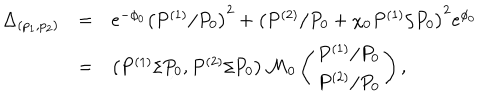
\begin{array} { r c l } { { \Delta _ { ( p _ { 1 } , p _ { 2 } ) } } } & { { = } } & { { e ^ { - \phi _ { 0 } } \left( P ^ { ( 1 ) } / P _ { 0 } \right) ^ { 2 } + \left( P ^ { ( 2 ) } / P _ { 0 } + \chi _ { 0 } P ^ { ( 1 ) } / P _ { 0 } \right) ^ { 2 } e ^ { \phi _ { 0 } } } } \\ { { } } & { { = } } & { { \left( P ^ { ( 1 ) } / P _ { 0 } , P ^ { ( 2 ) } / P _ { 0 } \right) { \cal M } _ { 0 } \left( \begin{array} { c } { { P ^ { ( 1 ) } / P _ { 0 } } } \\ { { P ^ { ( 2 ) } / P _ { 0 } } } \\ \end{array} \right) , } } \\ \end{array}